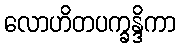
လောဟိတပက္ခန္ဒိကာ